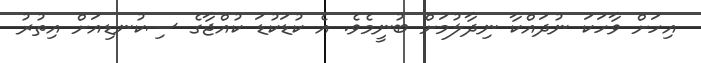
އިހަށް ވާހަކަ ނުދައްކާ ނިދާލުމަށް ބުނީމެވެ. އެ ކުޑަކުޑަ ކުއްޖާގެ ސިކުނޑިއަށް އިތުރު